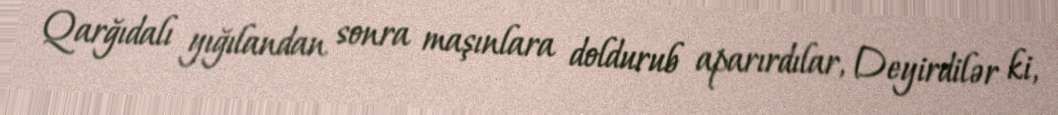
Qarğıdalı yığılandan sonra maşınlara doldurub aparırdılar, Deyirdilər ki,